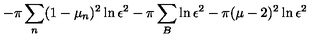
- \pi \sum _ { n } ( 1 - \mu _ { n } ) ^ { 2 } \ln \epsilon ^ { 2 } - \pi \sum _ { B } \ln \epsilon ^ { 2 } - \pi ( \mu - 2 ) ^ { 2 } \ln \epsilon ^ { 2 }